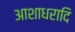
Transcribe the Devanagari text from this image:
आशाधरादि